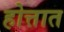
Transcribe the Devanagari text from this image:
होत्तात